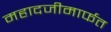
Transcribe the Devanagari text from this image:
महादजीमार्फत